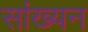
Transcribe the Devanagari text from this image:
सांख्यन